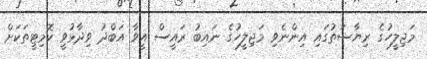
މަޖިލީހުގެ ރިޔާސަތުގައި އިންނެވި މަޖިލީހުގެ ނައިބު ރައީސް އީވާ އަބްދު ވިދާޅުވީ ކޮމިޓީތަކަށް